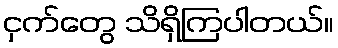
ငှက်တွေ သိရှိကြပါတယ်။